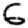
Digit: 6